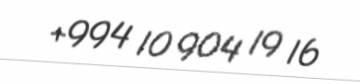
+994 10 904 19 16